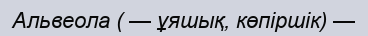
Альвеола ( — ұяшық, көпіршік) —